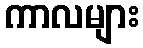
ကာလများ